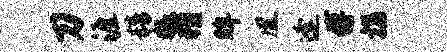
刀涯精猥猾眸凰逢傅揣